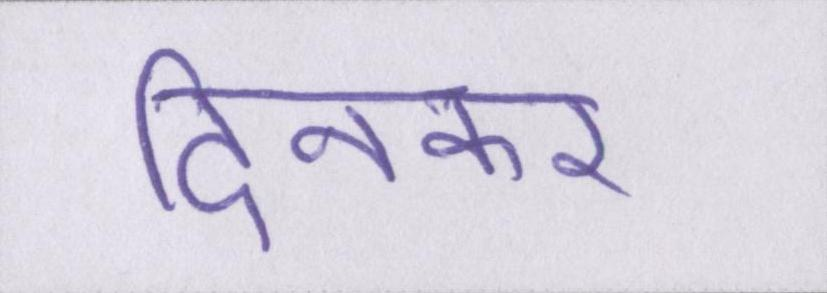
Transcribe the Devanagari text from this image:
दिनकर